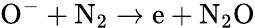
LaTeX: \mathrm{O^{-}+N_{2}\to e+N_{2}O}